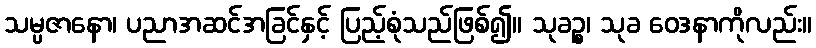
သမ္ပဇာနော၊ ပညာအဆင်အခြင်နှင့် ပြည့်စုံသည်ဖြစ်၍။ သုခဉ္စ၊ သုခ ဝေဒနာကိုလည်း။